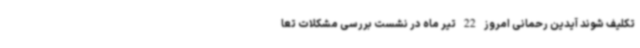
تکلیف شوند آیدین رحمانی امروز 22 تیر ماه در نشست بررسی مشکلات تعا